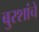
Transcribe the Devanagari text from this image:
बुरशांचे